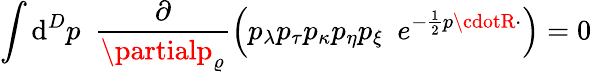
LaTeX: \int\mathrm{d}^{D}p\, \, \, \frac{{\partial}}{{\partialp_{\varrho}}}\left(p_{\lambda}p_{\tau}p_{\kappa}p_{\eta}p_{\xi}\, \, \, e^{-\frac{{1}}{{2}}p\cdotR\cdotp}\right)=0